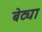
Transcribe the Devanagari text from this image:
बेट्या